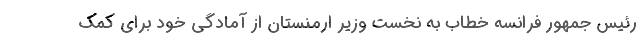
رئیس جمهور فرانسه خطاب به نخست وزیر ارمنستان از آمادگی خود برای کمک